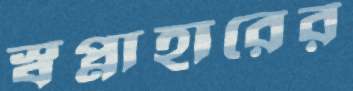
স্বপ্নাহারের